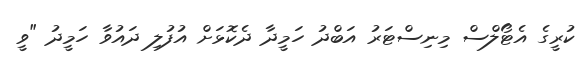
ކުރީގެ އެޓޯލްސް މިނިސްޓަރު އަބްދު ހަމީދާ ދެކޮޅަށް އުފުލި ދައުވާ ހަމީދު "ވީ